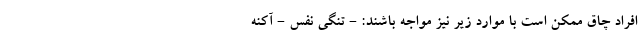
افراد چاق ممکن است با موارد زیر نیز مواجه باشند: - تنگی نفس - آکنه